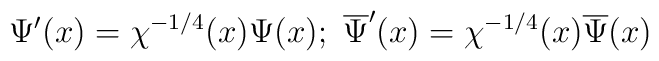
\Psi^{\prime} (x)=\chi^{-1/4}(x)\Psi (x); \ \overline{\Psi}^{\prime} (x)=\chi^{-1/4}(x)\overline{\Psi} (x)